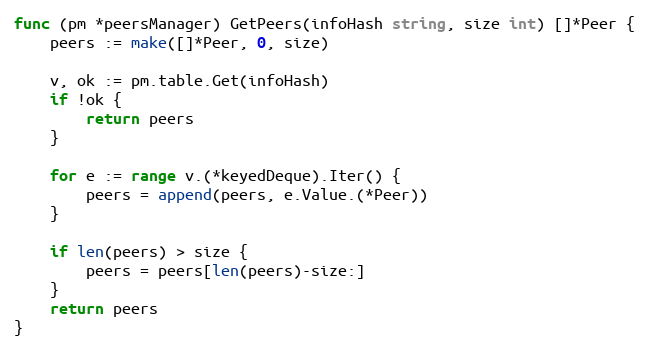
Language: Go
func (pm *peersManager) GetPeers(infoHash string, size int) []*Peer {
	peers := make([]*Peer, 0, size)

	v, ok := pm.table.Get(infoHash)
	if !ok {
		return peers
	}

	for e := range v.(*keyedDeque).Iter() {
		peers = append(peers, e.Value.(*Peer))
	}

	if len(peers) > size {
		peers = peers[len(peers)-size:]
	}
	return peers
}